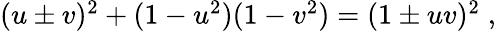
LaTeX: \begin{array}{r}{(u\pm v)^{2}+(1-u^{2})(1-v^{2})=(1\pm uv)^{2}\; ,}\end{array}